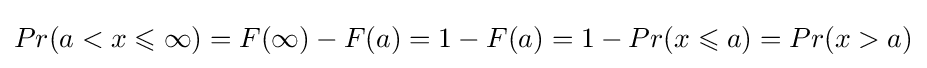
Pr(a<x\leqslant \infty )=F(\infty )-F(a)=1-F(a)=1-Pr(x\leqslant a)=Pr(x>a)